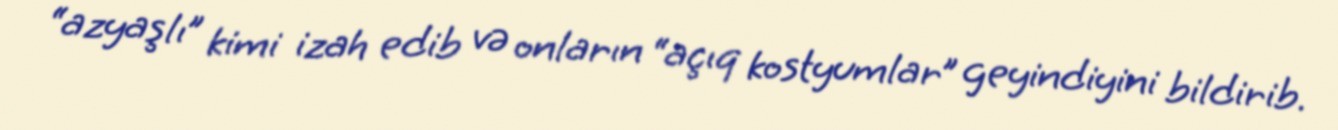
“azyaşlı” kimi izah edib və onların “açıq kostyumlar” geyindiyini bildirib.